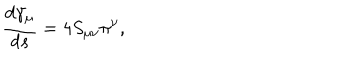
LaTeX: \frac { d \gamma _ { \mu } } { d s } = 4 S _ { \mu \nu } \pi ^ { \nu } ,